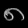
Digit: ၈